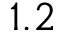
1 . 2